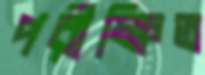
পরীক্ষিত